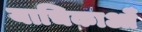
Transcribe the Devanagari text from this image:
याचिकाओँ